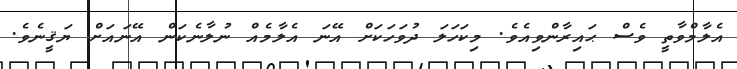
އެލާމްވާތީ ވެސް ޙައިރާންވިއެވެ. މިކަހަލަ ދުވަހަކަށް އޭނަ އެލާމެއް ނުލާނެކަން އޭނައަށް ޔަޤީނެވެ.